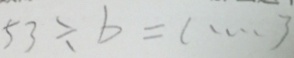
5 3 \div b = l \cdots 3